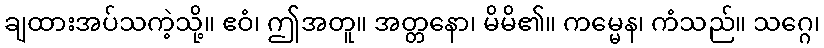
ချထားအပ်သကဲ့သို့။ ဧဝံ၊ ဤအတူ။ အတ္တနော၊ မိမိ၏။ ကမ္မေန၊ ကံသည်။ သဂ္ဂေ၊